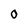
Character: 0